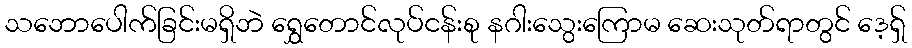
သဘောပေါက်ခြင်းမရှိဘဲ ရွှေတောင်လုပ်ငန်းစု နဂါးသွေးကြောမ ဆေးသုတ်ရာတွင် ဒေ့ရှ်